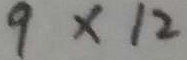
9 \times 1 2